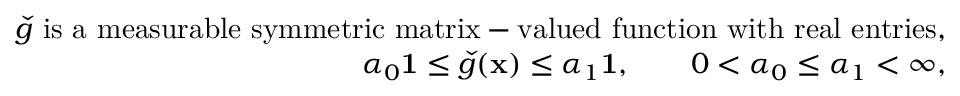
\begin{array} { r l } { \check { g } \mathrm { ~ i s ~ a ~ m e a s u r a b l e ~ s y m m e t r i c ~ m a t r i x - v a l u e d ~ f u n c t i o n ~ w i t h ~ r e a l ~ e n t r i e s , } } & { } \\ { \alpha _ { 0 } \mathbf { 1 } \le \check { g } ( \mathbf { x } ) \le \alpha _ { 1 } \mathbf { 1 } , \qquad 0 < \alpha _ { 0 } \le \alpha _ { 1 } < \infty , } & { } \end{array}